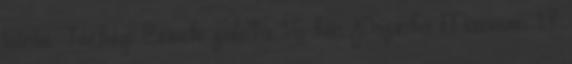
leírás Térkép Érseki palota 1.6 km Paprika Múzeum 1.7